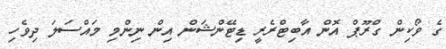
ގެ ވޯކިން ގްރޫޕް އޮން އާބިޓްރެރީ ޑިޓޭންޝަން އިން ނިންމި މައްސަލަ ދިވެހި